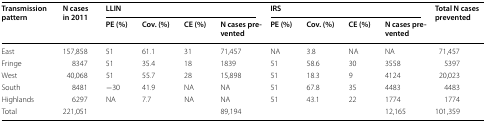
<table><thead><tr><td rowspan="2"><b>Transmission pattern</b></td><td rowspan="2"><b>N cases in 2011</b></td><td colspan="4"><b>LLIN</b></td><td colspan="4"><b>IRS</b></td><td rowspan="2"><b>Total N cases prevented</b></td></tr><tr><td><b>PE (%)</b></td><td><b>Cov. (%)</b></td><td><b>CE (%)</b></td><td><b>N cases prevented</b></td><td><b>PE (%)</b></td><td><b>Cov. (%)</b></td><td><b>CE (%)</b></td><td><b>N cases prevented</b></td></tr></thead><tbody><tr><td>East</td><td>157,858</td><td>51</td><td>61.1</td><td>31</td><td>71,457</td><td>NA</td><td>3.8</td><td>NA</td><td>NA</td><td>71,457</td></tr><tr><td>Fringe</td><td>8347</td><td>51</td><td>35.4</td><td>18</td><td>1839</td><td>51</td><td>58.6</td><td>30</td><td>3558</td><td>5397</td></tr><tr><td>West</td><td>40,068</td><td>51</td><td>55.7</td><td>28</td><td>15,898</td><td>51</td><td>18.3</td><td>9</td><td>4124</td><td>20,023</td></tr><tr><td>South</td><td>8481</td><td>−30</td><td>41.9</td><td>NA</td><td>NA</td><td>51</td><td>67.8</td><td>35</td><td>4483</td><td>4483</td></tr><tr><td>Highlands</td><td>6297</td><td>NA</td><td>7.7</td><td>NA</td><td>NA</td><td>51</td><td>43.1</td><td>22</td><td>1774</td><td>1774</td></tr><tr><td>Total</td><td>221,051</td><td></td><td></td><td></td><td>89,194</td><td></td><td></td><td></td><td>12,165</td><td>101,359</td></tr></tbody></table>